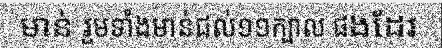
មាន់ រួមទាំងមាន់ជល់១១ក្បាល ផងដែរ